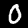
Label: 0